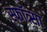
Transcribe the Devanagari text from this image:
स्फॉत्र्सा